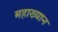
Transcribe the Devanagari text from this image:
महाख्यान